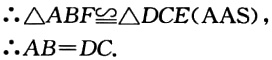
\(\therefore \triangle ABF\cong \triangle DCE(AAS),\therefore AB = DC.\)